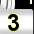
Digit: 3